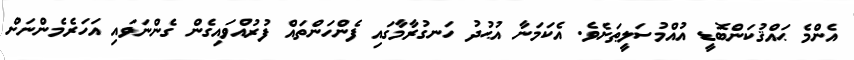
އެންމެ ޙައްޤުކަންބޮޑީ އުއްމުސަލީޠަށެވެ. އެކަމަނާ އުޙުދު ހަނގުރާމާގައި ފެންހަންތައް ފުރުއްވައިގެން ގެންނަވައި އަހަރެމެންނަށް